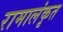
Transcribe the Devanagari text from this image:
रामालंकृत